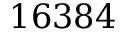
1 6 3 8 4